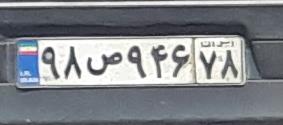
۹۸ص۹۴۶۷۸